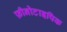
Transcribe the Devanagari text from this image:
फ़ीनोटाइपिक